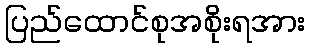
ပြည်ထောင်စုအစိုးရအား